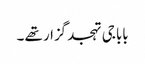
بابا جی تہجد گزار تھے ۔